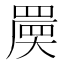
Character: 𡙷